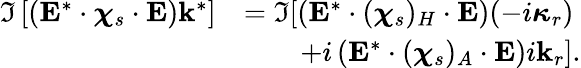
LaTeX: \begin{array}{rl}{\Im\left[\left(\mathbf{E}^{*}\cdot\boldsymbol{\chi}_{s}\cdot\mathbf{E}\right)\mathbf{k}^{*}\right]}&{=\Im[\left(\mathbf{E}^{*}\cdot(\boldsymbol{\chi}_{s})_{H}\cdot\mathbf{E}\right)(-i\boldsymbol{\kappa}_{r})}\\ &{\qquad+i\left(\mathbf{E}^{*}\cdot(\boldsymbol{\chi}_{s})_{A}\cdot\mathbf{E}\right)i\mathbf{k}_{r}].}\end{array}